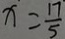
x = \frac { 1 7 } { 5 }